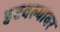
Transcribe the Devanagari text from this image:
हटवल्यावर